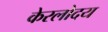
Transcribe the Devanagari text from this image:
केरलोदय